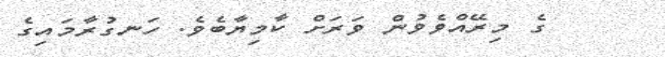
ގެ މިރޭއްވެވުން ވަރަށް ކާމިޔާބެވެ. ހަނގުރާމައިގެ